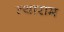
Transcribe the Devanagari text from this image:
त्याराम